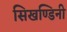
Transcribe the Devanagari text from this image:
सिखण्डिनी